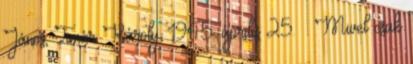
János, Timár Károly. 1945. április 25. – Mivel csak